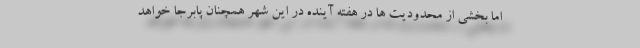
اما بخشی از محدودیت ها در هفته آینده در این شهر همچنان پابرجا خواهد